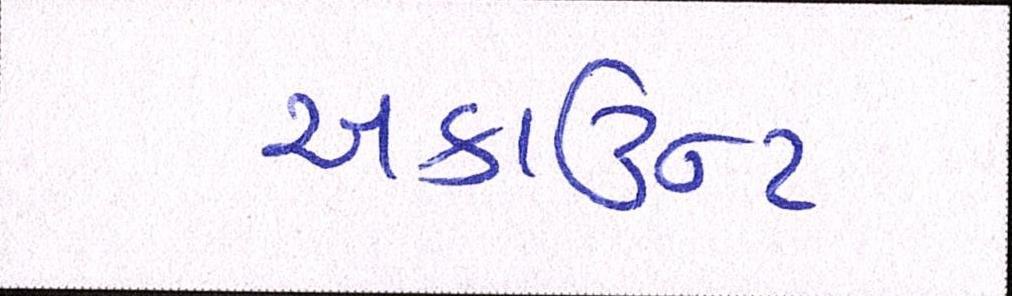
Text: અકાઉન્ટ